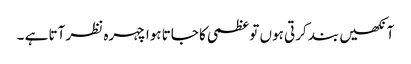
آنکھیں بند کرتی ہوں تو عظمی کا جاتا ہوا چہرہ نظر آتا ہے ۔